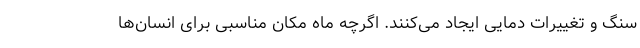
سنگ و تغییرات دمایی ایجاد می‌کنند. اگرچه ماه مکان مناسبی برای انسان‌ها